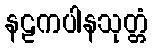
နဠကပါနသုတ္တံ